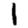
Digit: 1